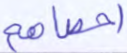
أحصاهم